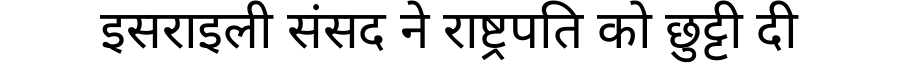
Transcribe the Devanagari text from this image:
इसराइली संसद ने राष्ट्रपति को छुट्टी दी